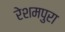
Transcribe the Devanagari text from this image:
रेशमपुरा